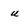
Character: u